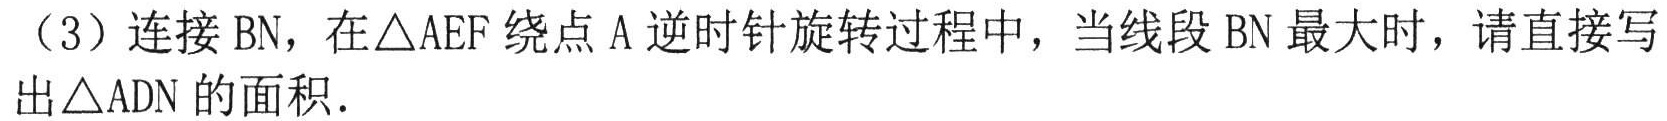
（3）连接 BN，在\(\triangle AEF\)绕点 A 逆时针旋转过程中，当线段 BN 最大时，请直接写出\(\triangle ADN\)的面积．